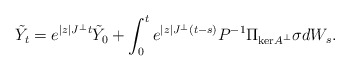
\begin{align*}\tilde{Y}_t = e^{|z|J^\perp t}\tilde{Y}_0 + \int_0^t e^{|z|J^\perp(t-s)}P^{-1} \Pi_{\mathrm{ker}A^\perp}\sigma dW_s.\end{align*}